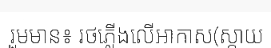
រួមមាន៖ រថភ្លើងលើអាកាស(ស្កាយ